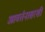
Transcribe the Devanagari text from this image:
आवर्तनासरशी